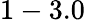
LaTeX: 1-3.0